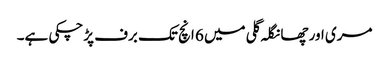
مری اور چھانگلہ گلی میں 6 انچ تک برف پڑچکی ہے۔